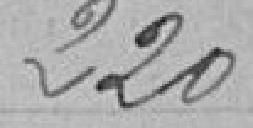
220